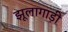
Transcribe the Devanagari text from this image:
झूलागाड़ी